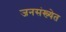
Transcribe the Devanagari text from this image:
जनसंख्येत